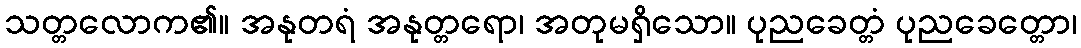
သတ္တလောက၏။ အနုတရံ အနုတ္တရော၊ အတုမရှိသော။ ပုညခေတ္တံ ပုညခေတ္တော၊